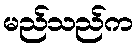
မည်သည်က